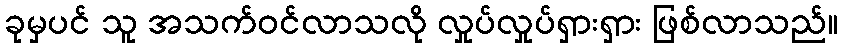
ခုမှပင် သူ အသက်ဝင်လာသလို လှုပ်လှုပ်ရှားရှား ဖြစ်လာသည်။